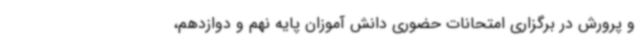
و پرورش در برگزاری امتحانات حضوری دانش آموزان پایه نهم و دوازدهم،